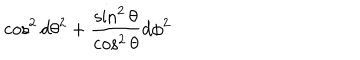
\cos ^ { 2 } d \theta ^ { 2 } + { \frac { \sin ^ { 2 } \theta } { \cos ^ { 2 } \theta } } d \phi ^ { 2 }